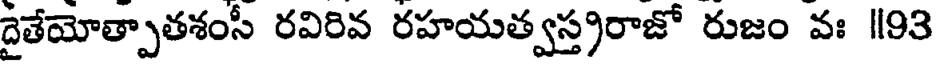
దైతేయోత్పాతశంసీ రవిరివ రహయత్వస్త్రరాజో రుజం వః ॥93